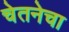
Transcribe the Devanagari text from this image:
चेतनेचा